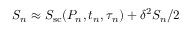
S _ { n } \approx S _ { \mathrm { s c } } ( P _ { n } , t _ { n } , \tau _ { n } ) + \delta ^ { 2 } S _ { n } / 2